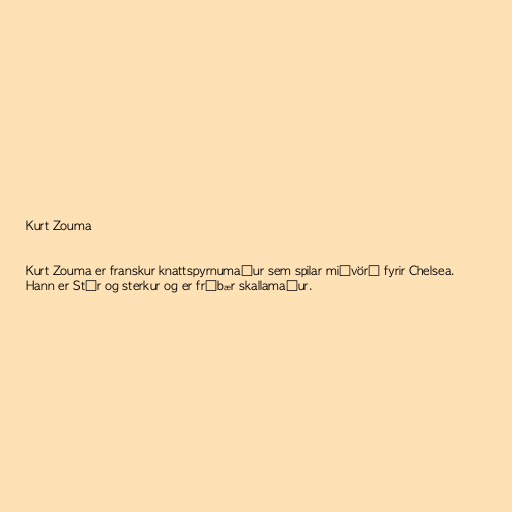
Kurt Zouma

Kurt Zouma er franskur knattspyrnumaður sem spilar miðvörð fyrir Chelsea.
Hann er Stór og sterkur og er frábær skallamaður.